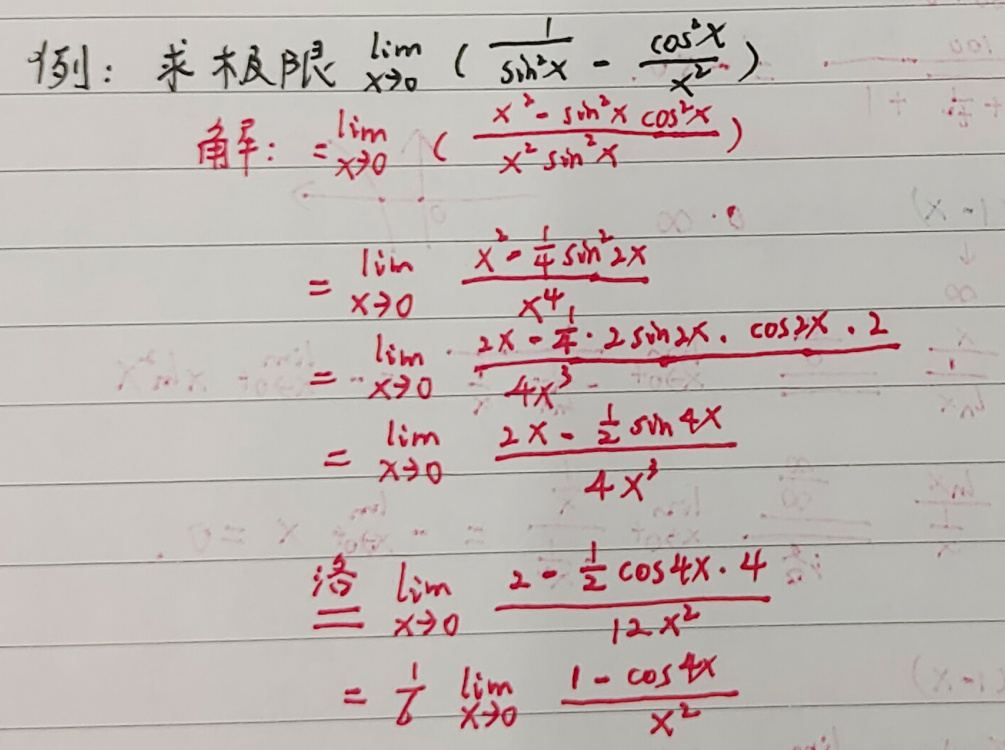
例：求极限\(\lim_{x\to0}\left(\frac{1}{\sin^{2}x}-\frac{\cos^{2}x}{x^{2}}\right)\)\\
解：\(=\lim_{x\to0}\left(\frac{x^{2}-\sin^{2}x\cos^{2}x}{x^{2}\sin^{2}x}\right)\)\\
\(=\lim_{x\to0}\frac{x^{2}-\frac{1}{4}\sin^{2}2x}{x^{4}}\)\\
\(=\lim_{x\to0}\frac{2x-\frac{1}{2}\cdot2\sin2x\cdot\cos2x\cdot2}{4x^{3}}\)\\
\(=\lim_{x\to0}\frac{2x - \frac{1}{2}\sin4x}{4x^{3}}\)\\
洛\(=\lim_{x\to0}\frac{2-\frac{1}{2}\cos4x\cdot4}{12x^{2}}\)\\
\(=\frac{1}{6}\lim_{x\to0}\frac{1 - \cos4x}{x^{2}}\)